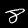
Label: 8